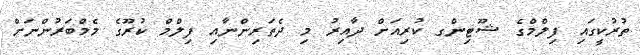
ތުރުކީގައި ފިލްމްގެ ޝޫޓިންގ ކުރިއަށް ދާއިރު މި ދެތަރިންނާއި ފިލްމް ކުރޫގެ މެމްބަރުންނަށް